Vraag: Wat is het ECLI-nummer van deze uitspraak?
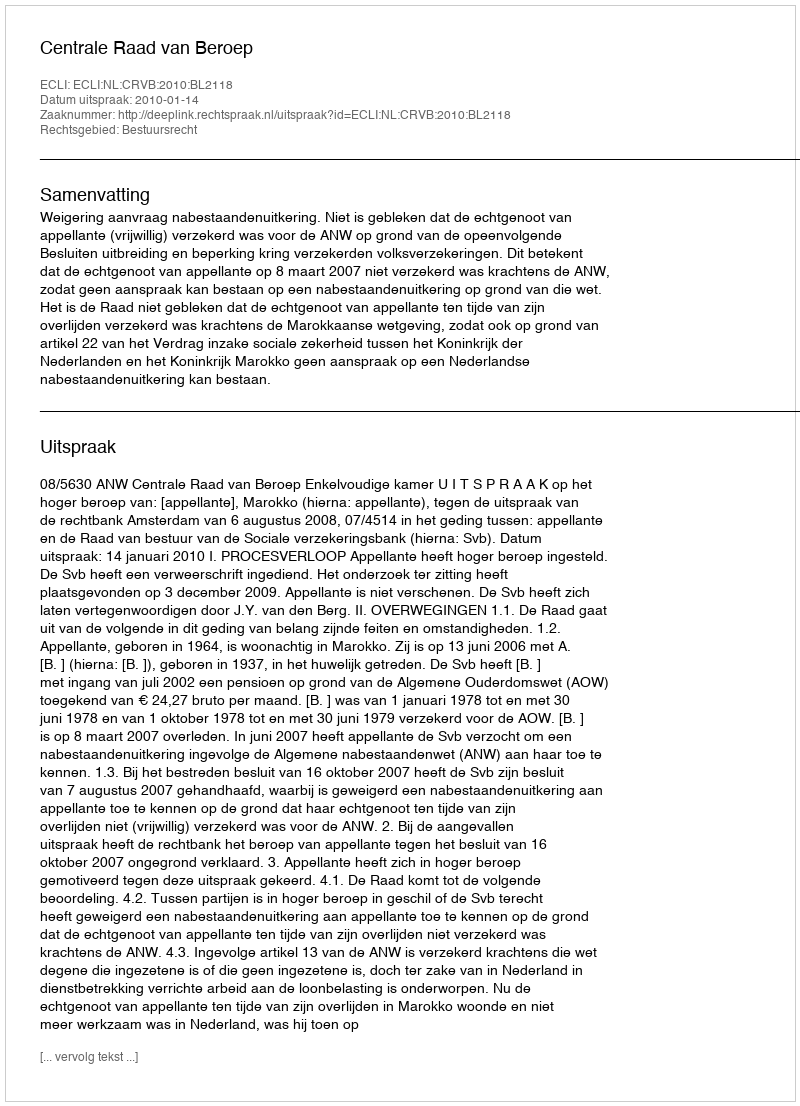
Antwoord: ECLI:NL:CRVB:2010:BL2118